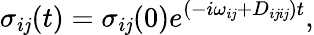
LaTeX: \sigma_{i\mathit{j}}(t)=\sigma_{i\mathit{j}}(0)e^{(-i\omega_{i\mathit{j}}+D_{i\mathit{j}i\mathit{j}})t},